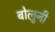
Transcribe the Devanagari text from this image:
बोलुनी